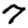
Digit: 7